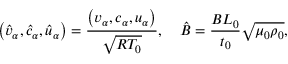
\left( { { { \hat { v } } _ { \alpha } } , { { \hat { c } } _ { \alpha } } , { { \hat { u } } _ { \alpha } } } \right) = \frac { { \left( { { v _ { \alpha } } , { c _ { \alpha } } , { u _ { \alpha } } } \right) } } { { { \sqrt { R { T _ { 0 } } } } } } , \quad \hat { B } = \frac { { B { L _ { 0 } } } } { { { t _ { 0 } } } } \sqrt { { \mu _ { 0 } } { \rho _ { 0 } } } ,